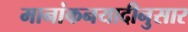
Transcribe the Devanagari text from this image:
मानांकनयादीनुसार